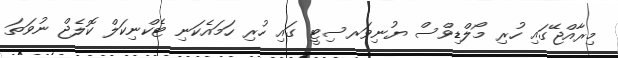
މިރާއްޖޭގައި ހުރި މޯލްޑިވްސް ޔުނިވަރސިޓީ ގައި ހުރި ހަމައެކަނި ޓެކްނިކަލް ކޮލެޖް ނުވަތަ